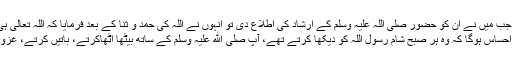
جب میں نے ان کو حضور صلی اللہ علیہ وسلم کے ارشاد کی اطلاع دی تو انہوں نے اللہ کی حمد و ثنا کے بعد فرمایا کہ اللہ تعالیٰ ہی مدد کرنے والا ہے-
– تمام صحابہ کا کیا احساس ہوگا کہ وە ہر صبح شام رسول اللہ کو دیکھا کرتے تھے، آپ صلی الله علیہ وسلم کے ساتھ بیٹھا اُٹھاکرتے، باتیں کرتے، غزوات میں شریک ہوتے۔